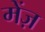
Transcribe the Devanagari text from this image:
मेंज़